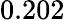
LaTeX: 0.202